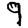
Digit: 9